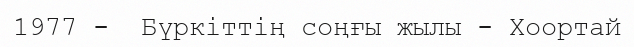
1977 -  Бүркіттің соңғы жылы - Хоортай